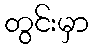
တွင်းမှာ